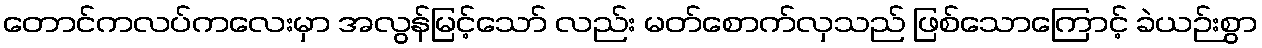
တောင်ကလပ်ကလေးမှာ အလွန်မြင့်သော် လည်း မတ်စောက်လှသည် ဖြစ်သောကြောင့် ခဲယဉ်းစွာ